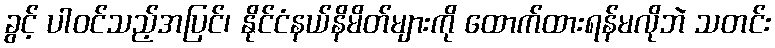
ခွင့် ပါဝင်သည့်အပြင်၊ နိုင်ငံနယ်နိမိတ်များကို ထောက်ထားရန်မလိုဘဲ သတင်း